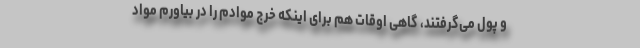
و پول می‌گرفتند، گاهی اوقات هم برای اینکه خرج موادم را در بیاورم مواد